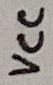
Text: VCC